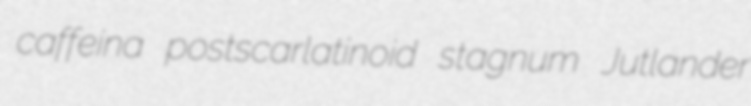
caffeina postscarlatinoid stagnum Jutlander